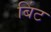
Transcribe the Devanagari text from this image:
बिंट